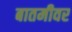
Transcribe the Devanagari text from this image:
बातमीवर